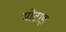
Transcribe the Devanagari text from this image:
मोटाइ